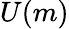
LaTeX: U(m)